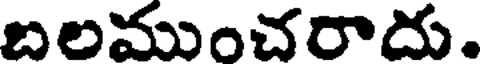
బలముంచరాదు.